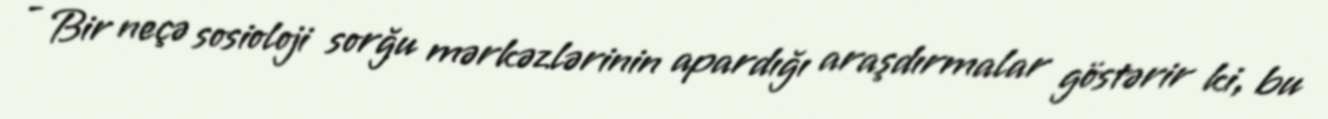
- Bir neçə sosioloji sorğu mərkəzlərinin apardığı araşdırmalar göstərir ki, bu